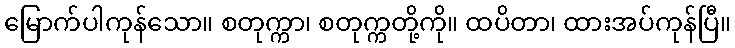
မြောက်ပါကုန်သော။ စတုက္ကာ၊ စတုက္ကတို့ကို။ ထပိတာ၊ ထားအပ်ကုန်ပြီ။